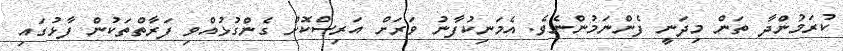
ކުރަމުންދާ ތަން މިދަނީ ފެންނަމުންނެވެ. އެމަނިކުފާނު ވަރަށް އަރިސްކޮށް ގެންގުޅުއްވި ފަރާތްތަކުން ފާޅުގައި